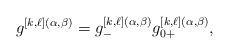
LaTeX: \begin{gather*}g^{[k,\ell](\alpha,\beta)}=g^{[k,\ell](\alpha,\beta)}_{-}g^{[k,\ell](\alpha,\beta)}_{0+},\end{gather*}